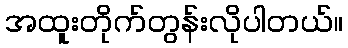
အထူးတိုက်တွန်းလိုပါတယ်။